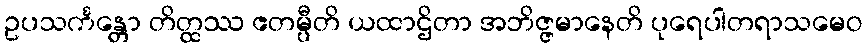
ဥပသင်္ကန္တော တိတ္ထဿ ဧတမ္ပီတိ ယထာဌိတာ အဘိဇ္ဇမာနေတိ ပုရေပါတရာသမေဝ